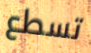
تسطع